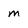
Character: m